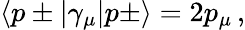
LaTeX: \langle p\pm|\gamma_{\mu}|p\pm\rangle=2p_{\mu}\, ,